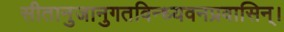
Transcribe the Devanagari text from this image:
सीतानुजानुगतविन्ध्यवनप्रवासिन्।